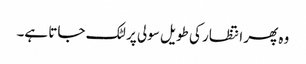
وہ پھر انتظار کی طویل سولی پر لٹک جاتا ہے۔